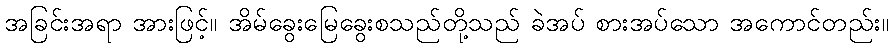
အခြင်းအရာ အားဖြင့်။ အိမ်ခွေးမြေခွေးစသည်တို့သည် ခဲအပ် စားအပ်သော အကောင်တည်း။